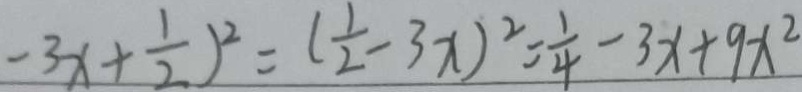
- 3 x + \frac { 1 } { 2 } ) ^ { 2 } = ( \frac { 1 } { 2 } - 3 x ) ^ { 2 } = \frac { 1 } { 4 } - 3 x + 9 x ^ { 2 }